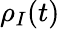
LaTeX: \rho_{I}(t)